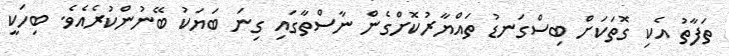
ތަފާތު އެކި ގޮތަކަށް ބިސްގަނޑު ތައްޔާރުކޮށްގެން ނާސްތާގައި ގިނަ ބަޔަކު ބޭނުންކުރެއެވެ. ބިހަކީ